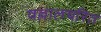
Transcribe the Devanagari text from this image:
वल्लालचरित